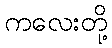
ကလေးတို့